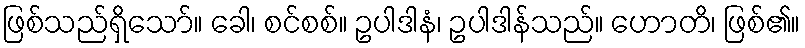
ဖြစ်သည်ရှိသော်။ ခေါ၊ စင်စစ်။ ဥပါဒါနံ၊ ဥပါဒါန်သည်။ ဟောတိ၊ ဖြစ်၏။